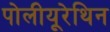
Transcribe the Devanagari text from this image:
पोलीयूरेथिन